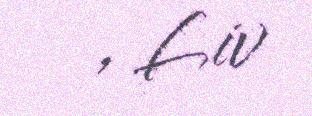
, Liv